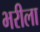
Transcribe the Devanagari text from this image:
भरीला